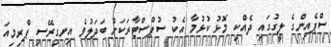
ސްޕެއިންގެ ލީގުގައި ދެއްކި މޮޅު ކުޅުމާ އެކު ސުޕްސްޓާރަކަށް ބަދަލުވެ އިނގިރޭސި ޕްރިމިއަ